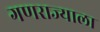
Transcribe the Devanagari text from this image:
गणराज्याला